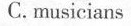
C. musicians